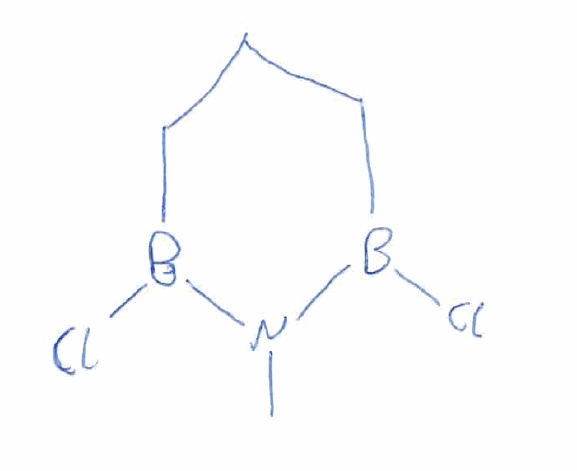
Simplified molecular-input line-entry system (SMILES) notation of the given molecule:
B1(CCCB(N1C)Cl)Cl